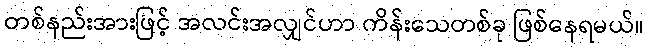
တစ်နည်းအားဖြင့် အလင်းအလျှင်ဟာ ကိန်းသေတစ်ခု ဖြစ်နေရမယ်။